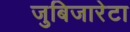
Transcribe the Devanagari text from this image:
जुबिजारेटा